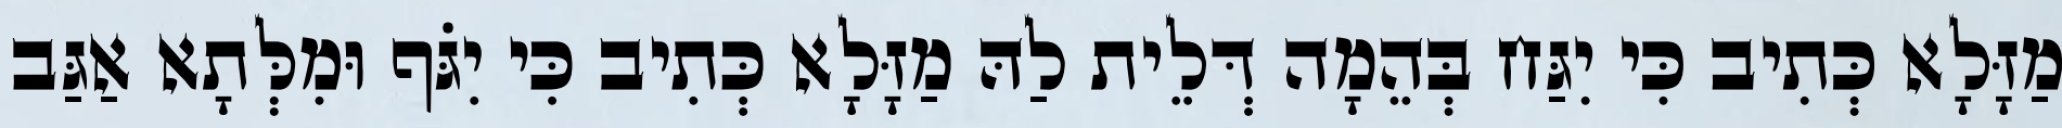
מַזָּלָא כְּתִיב כִּי יִגַּח בְּהֵמָה דְּלֵית לַהּ מַזָּלָא כְּתִיב כִּי יִגֹּף וּמִלְּתָא אַגַּב